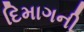
દિમાગની